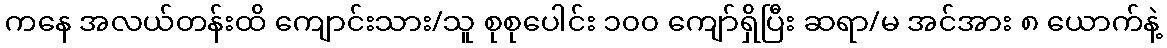
ကနေ အလယ်တန်းထိ ကျောင်းသား/သူ စုစုပေါင်း ၁၀၀ ကျော်ရှိပြီး ဆရာ/မ အင်အား ၈ ယောက်နဲ့